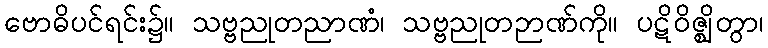
ဗောဓိပင်ရင်း၌။ သဗ္ဗညုတညာဏံ၊ သဗ္ဗညုတဉာဏ်ကို။ ပဋိဝိဇ္ဈိတွာ၊